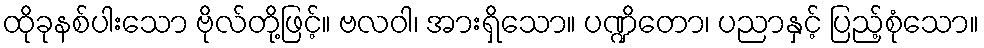
ထိုခုနစ်ပါးသော ဗိုလ်တို့ဖြင့်။ ဗလဝါ၊ အားရှိသော။ ပဏ္ဍိတော၊ ပညာနှင့် ပြည့်စုံသော။